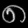
Digit: ၈